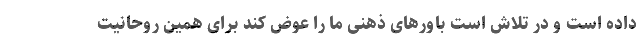
داده است و در تلاش است باورهای ذهنی ما را عوض کند برای همین روحانیت